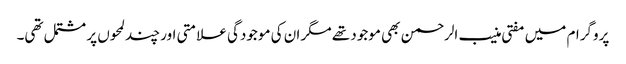
پروگرام میں مفتی منیب الرحمن بھی موجود تھے مگر ان کی موجودگی علامتی اور چند لمحوں پر مشتمل تھی۔